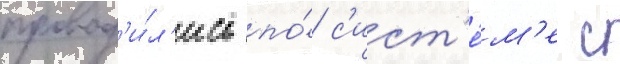
провод'и́л'ись по́ с'ист'е́м'е с